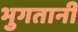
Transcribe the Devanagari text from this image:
भुगतानी